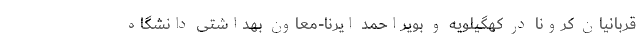
قربانیان کرونا در کهگیلویه و بویراحمد ایرنا-معاون بهداشتی دانشگاه